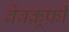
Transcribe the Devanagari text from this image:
बेवक़ूफ़ी